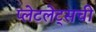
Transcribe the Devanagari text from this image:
प्लेटलेट्‌सची